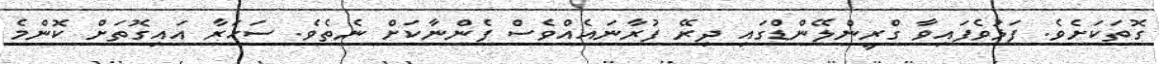
ގޮތަކަށެވެ. ފަޅުވެފައިވާ ގްރީންލޭންޑްގައި ދިރޭ ފުރާނައެއްވެސް ފެންނާކަށް ނެތެވެ. ސަހަރާ އައިގޮތަށް ކޮންމެ